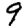
Digit: 9